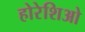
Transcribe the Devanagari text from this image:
होरेशिओ